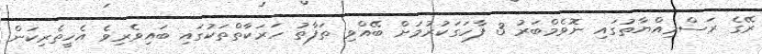
ރޭގެ ރަސްމިއްޔާތުގައި ނޮވެމްބަރު 3 ފާހަގަކުރުމަށް ބޭއްވި ތަފާތު ހަރަކާތްތަކުގައި ބައިވެރިވެ އެހީތެރިކަން